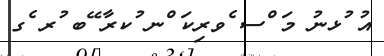
އު ުޅނު މަ ްސ ެވރިކަ ްނ ުކރާ ޭބ ުރ ެގ